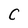
Character: C